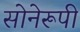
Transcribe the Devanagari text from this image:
सोनेरूपी